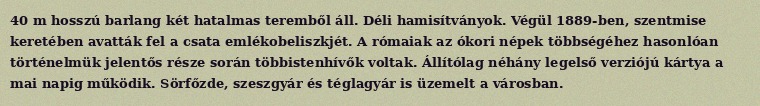
40 m hosszú barlang két hatalmas teremből áll. Déli hamisítványok. Végül 1889-ben, szentmise keretében avatták fel a csata emlékobeliszkjét. A rómaiak az ókori népek többségéhez hasonlóan történelmük jelentős része során többistenhívők voltak. Állítólag néhány legelső verziójú kártya a mai napig működik. Sörfőzde, szeszgyár és téglagyár is üzemelt a városban.